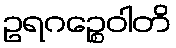
ဥရဂဉ္စေဝါတိ